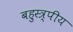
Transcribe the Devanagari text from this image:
बहुस्त्र्पीय